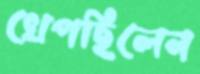
খেপছিলেন